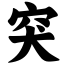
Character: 突